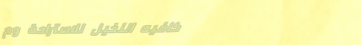
كافيه النخيل للاستراحة وم